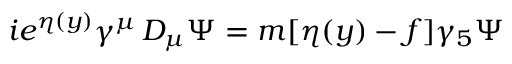
i e ^ { \eta ( y ) } \gamma ^ { \mu } \, D _ { \mu } \Psi = m [ \eta ( y ) - f ] \gamma _ { 5 } \Psi